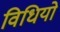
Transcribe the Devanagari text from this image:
विधियो